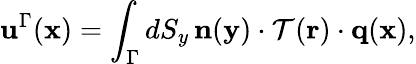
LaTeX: \mathbf{u}^{\Gamma}(\mathbf{x})=\int_{\Gamma}dS_{y}\, \mathbf{n}(\mathbf{y})\cdot\mathcal{T}(\mathbf{r})\cdot\mathbf{q}(\mathbf{x}),